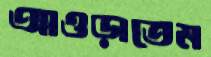
আওড়াতেম